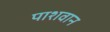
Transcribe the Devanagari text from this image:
पाशवान